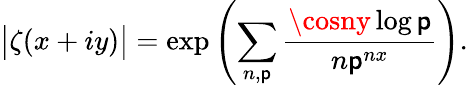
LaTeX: {\big|}\zeta(x+iy){\big|}=\exp\left(\sum_{n,\mathsf{p}}{\frac{{\cosny\log\mathsf{p}}}{{n\mathsf{p}^{nx}}}}\right).